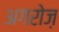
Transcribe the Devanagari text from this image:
अगरोज़